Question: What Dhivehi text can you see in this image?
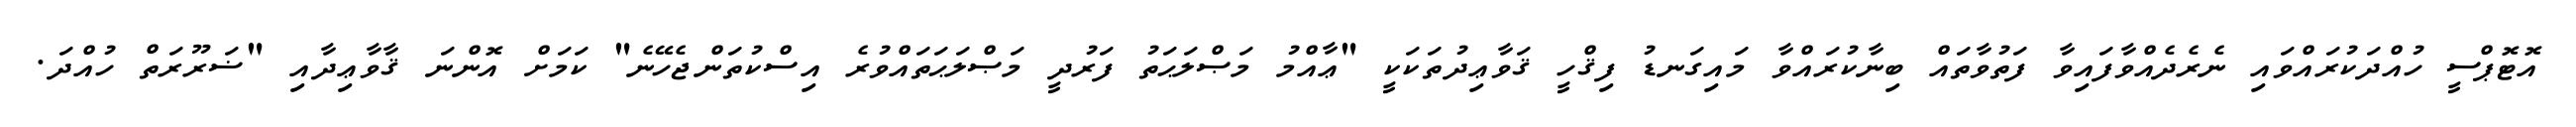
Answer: އޮޓޮޕްސީ ހުއްދަކުރައްވައި ނެރެދެއްވާފައިވާ ފަތުވާތައް ބިނާކުރައްވާ މައިގަނޑު ފިޤްހީ ޤަވާޢިދުތަކަކީ "ޢާއްމު މަޞްލަޙަތު ފަރުދީ މަޞްލަޙަތައްވުރެ އިސްކުތަންޖެހޭނެ" ކަމަށް އޮންނަ ޤާވާޢިދާއި "ޟަރޫރަތް ހުއްދަ.